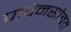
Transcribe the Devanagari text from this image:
पापेनसोबत